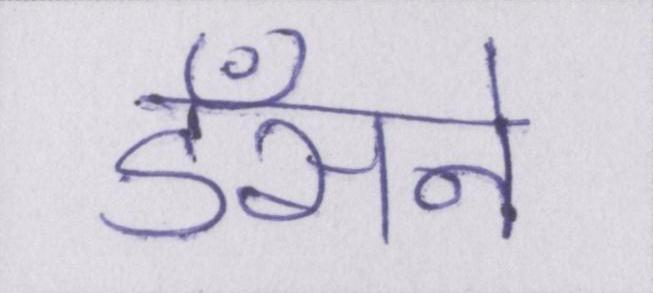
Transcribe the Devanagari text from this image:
डँसने